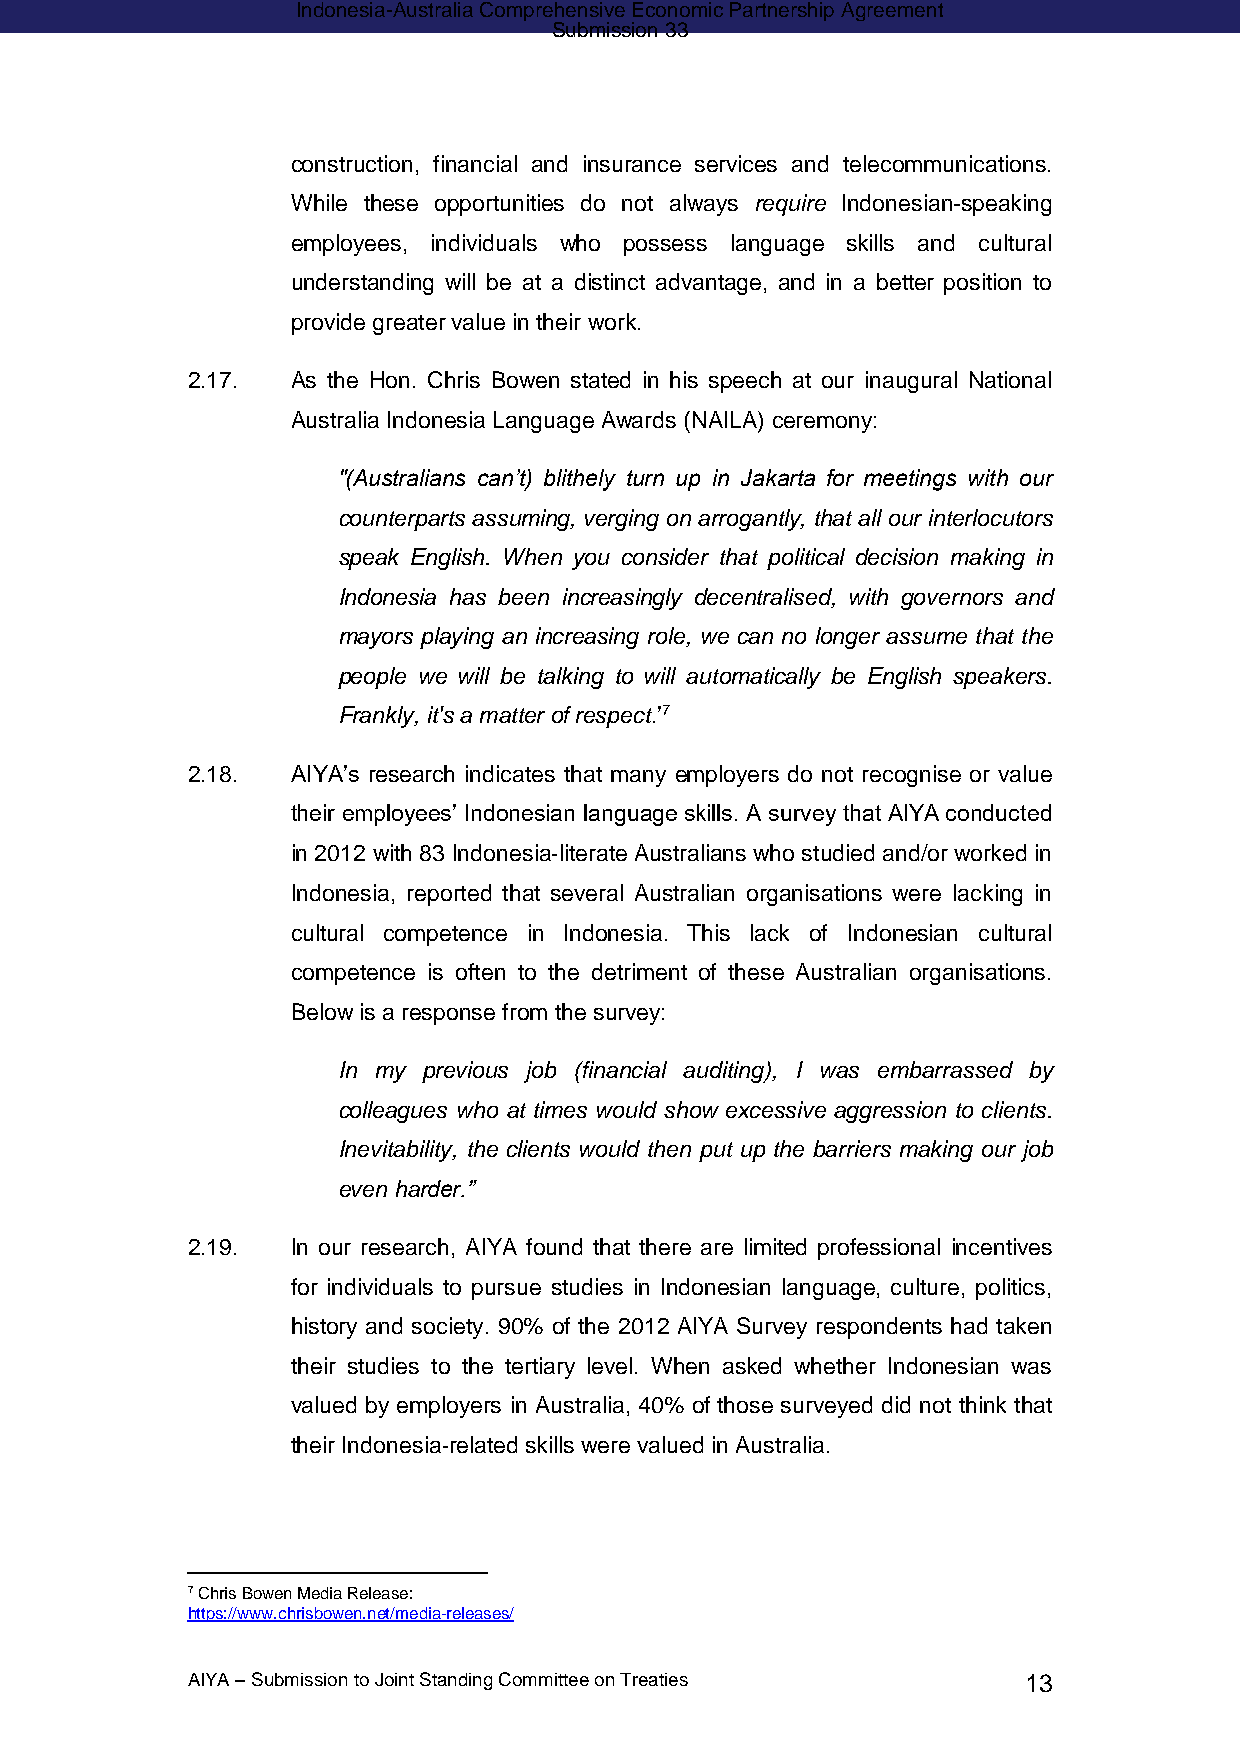
Indonesia-Australia Comprehensive Economic Partnership Agreement
 Submission 33
 construction, financial and insurance services and telecommunications.
 While these opportunities do not always require Indonesian-speaking
 employees, individuals who possess language skills and cultural
 understanding will be at a distinct advantage, and in a better position to
 provide greater value in their work.
 2.17.  As the Hon. Chris Bowen stated in his speech at our inaugural National
 Australia Indonesia Language Awards (NAILA) ceremony:
 "(Australians can’t) blithely turn up in Jakarta for meetings with our
 counterparts assuming, verging on arrogantly, that all our interlocutors
 speak English. When you consider that political decision making in
 Indonesia has been increasingly decentralised, with governors and
 mayors playing an increasing role, we can no longer assume that the
 people we will be talking to will automatically be English speakers.
 Frankly, it's a matter of respect.’7
 2.18.  AIYA’s research indicates that many employers do not recognise or value
 their employees’ Indonesian language skills. A survey that AIYA conducted
 in 2012 with 83 Indonesia‐literate Australians who studied and/or worked in
 Indonesia, reported that several Australian organisations were lacking in
 cultural competence in Indonesia. This lack of Indonesian cultural
 competence is often to the detriment of these Australian organisations.
 Below is a response from the survey:
 In my previous job (financial auditing), I was embarrassed by
 colleagues who at times would show excessive aggression to clients.
 Inevitability, the clients would then put up the barriers making our job
 even harder.”
 2.19.  In our research, AIYA found that there are limited professional incentives
 for individuals to pursue studies in Indonesian language, culture, politics,
 history and society. 90% of the 2012 AIYA Survey respondents had taken
 their studies to the tertiary level. When asked whether Indonesian was
 valued by employers in Australia, 40% of those surveyed did not think that
 their Indonesia‐related skills were valued in Australia.
 7 Chris Bowen Media Release:
 https://www.chrisbowen.net/media-releases/
 AIYA – Submission to Joint Standing Committee on Treaties 13